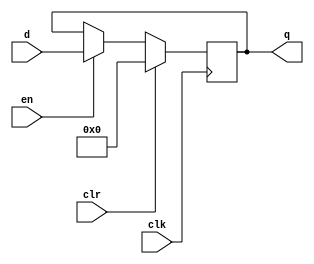
`timescale 1ns / 1ps
//////////////////////////////////////////////////////////////////////////////////
// Company: 
// Engineer: 
// 
// Design Name: 
// Module Name:    IR 
// Project Name: 
// Target Devices: 
// Tool versions: 
// Description: 
//
// Dependencies: 
//
// Revision: 
// Revision 0.01 - File Created
// Additional Comments: 
//
//////////////////////////////////////////////////////////////////////////////////
module FF_DC2(q, clk, clr, en, d);
	input clk, clr, en;
	input[15:0] d;
	output reg[15:0] q;

	always @(posedge clk)
	if (clr) q <= 0;
	else if (en)  q <= d;
endmodule
module IR_block(output[15:0] IR, input[15:0] Buss, input clk, input ldIR, input reset);
	FF_DC2 ff(IR, clk, reset, ldIR, Buss);
endmodule